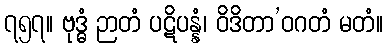
၇၅၇။ ဗုဒ္ဓံ ဉာတံ ပဋိပန္နံ၊ ဝိဒိတာ’ဝဂတံ မတံ။